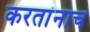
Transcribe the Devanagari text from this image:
करतांनाच